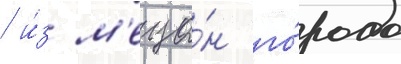
/ и́з м'еща́н го́рода